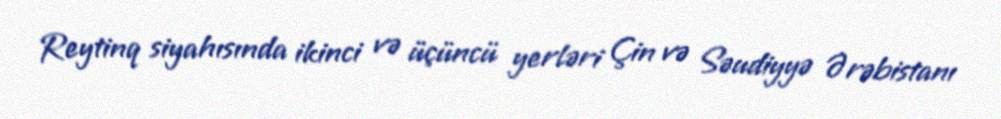
Reytinq siyahısında ikinci və üçüncü yerləri Çin və Səudiyyə Ərəbistanı